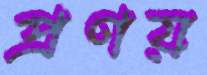
প্রণয়